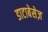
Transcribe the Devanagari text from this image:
डाटाबेसेज़